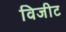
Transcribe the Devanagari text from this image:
विजीट